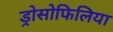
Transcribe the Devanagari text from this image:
ड्रोसोफिलिया